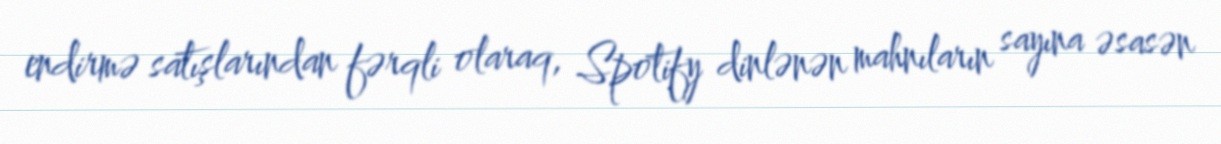
endirmə satışlarından fərqli olaraq, Spotify dinlənən mahnıların sayına əsasən